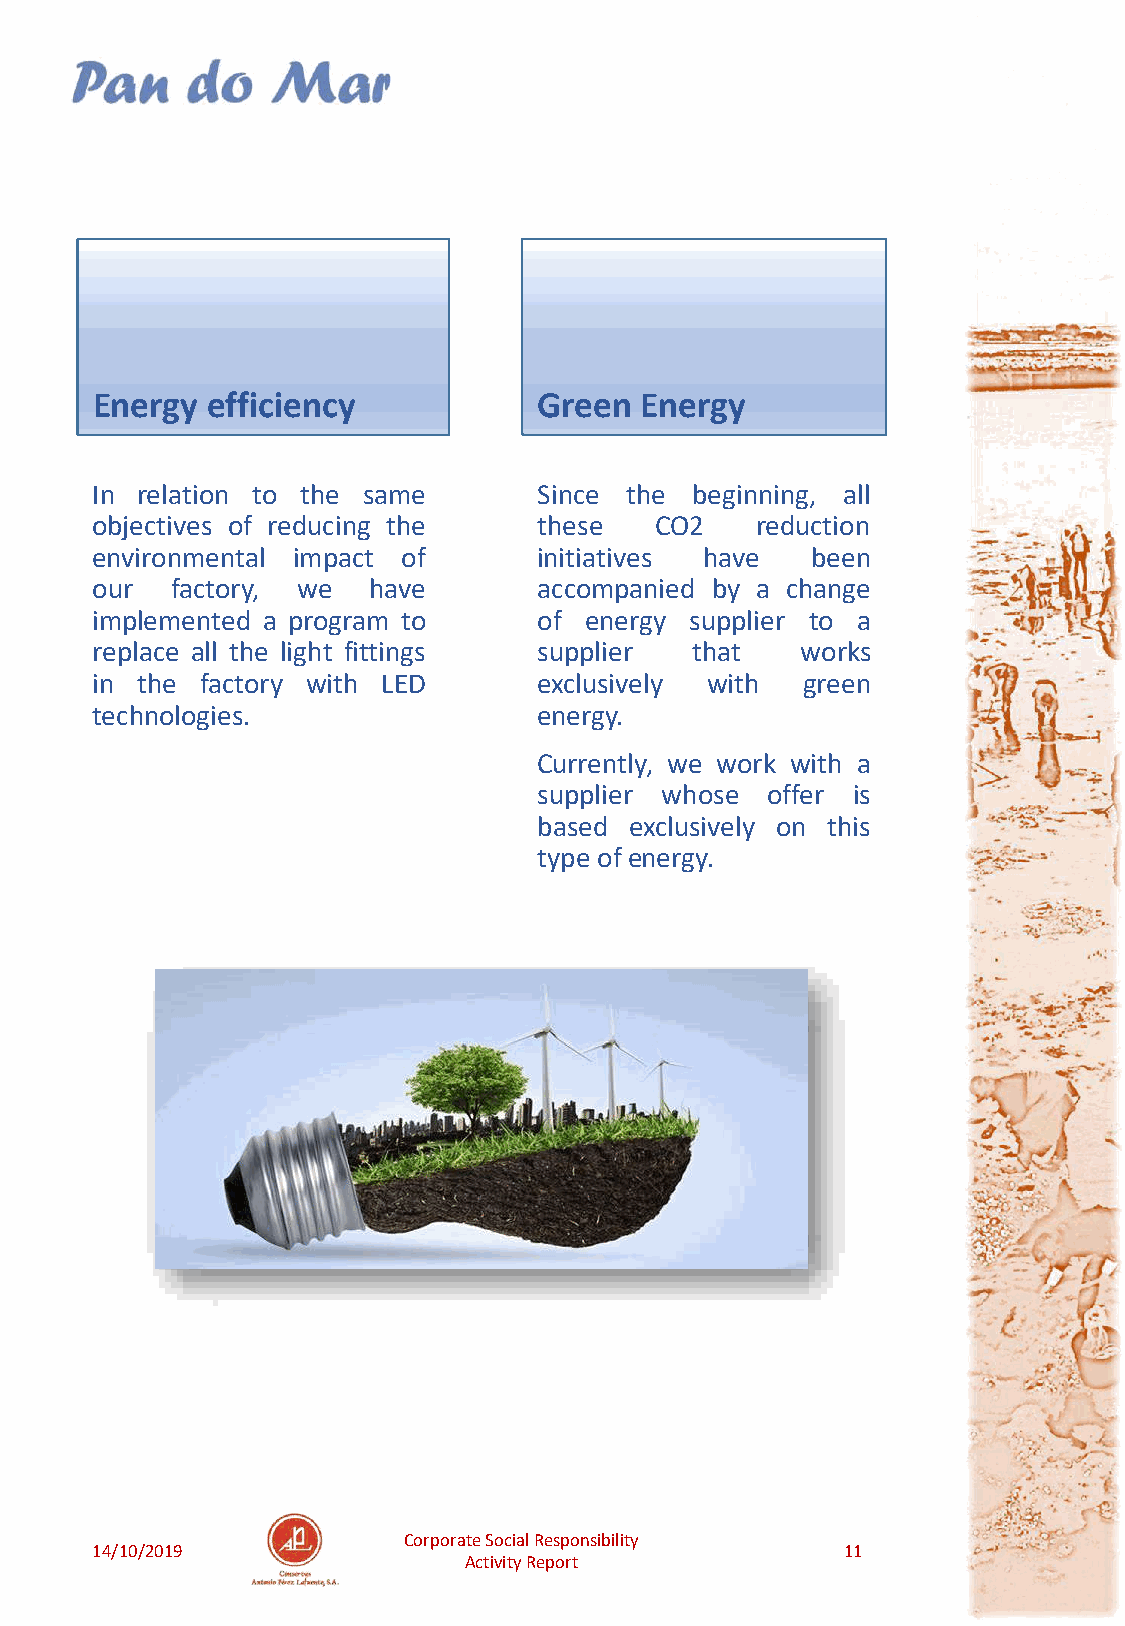
Energy  efficiency            Green Energy
 In relation to the same       Since the beginning, all
 objectives of reducing the    these  CO2    reduction
 environmental impact of       initiatives have  been
 our  factory, we  have        accompanied by a change
 implemented a program to      of energy supplier to a
 replace all the light fittings supplier that   works
 in the factory with LED       exclusively with green
 technologies.                 energy.
 Currently, we work with a
 supplier whose offer is
 based exclusively on this
 type ofenergy.
 Corporate Social Responsibility
 14/10/2019                                        11
 Activity Report